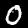
Digit: 0